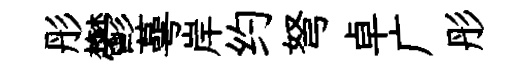
彤鬱蕚岸约弩卓广彤